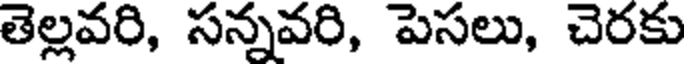
తెల్లవరి, సన్నవరి, పెసలు, చెరకు